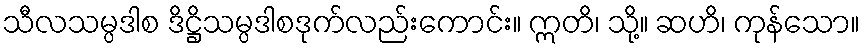
သီလသမ္ပဒါစ ဒိဋ္ဌိသမ္ပဒါစဒုက်လည်းကောင်း။ ဣတိ၊ သို့။ ဆဟိ၊ ကုန်သော။